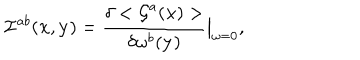
{ \cal I } ^ { a b } ( { \bf x } , { \bf y } ) = \frac { \delta < { \cal G } ^ { a } ( { \bf x } ) > } { \delta \omega ^ { b } ( { \bf y } ) } \big \vert _ { \omega = 0 } ,